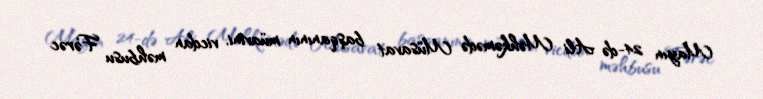
Mayın 24-də Ali Məhkəmədə Müsavat başqanının müavini, vicdan məhbusu Fərəc